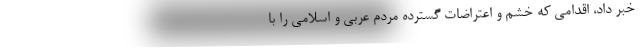
خبر داد، اقدامی که خشم و اعتراضات گسترده مردم عربی و اسلامی را با